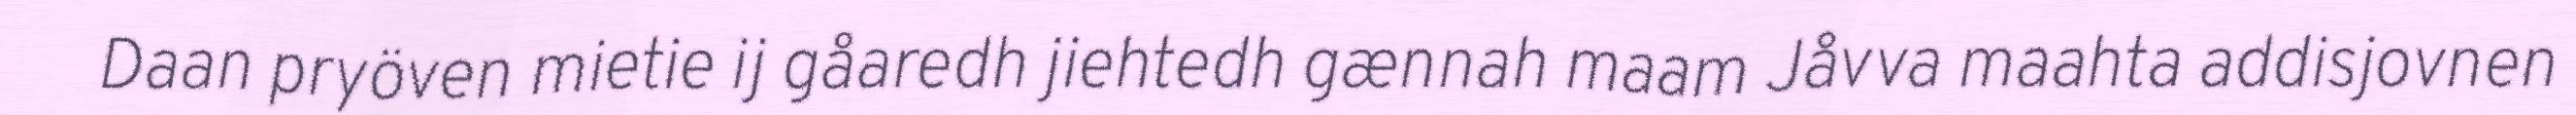
Daan pryöven mietie ij gåaredh jiehtedh gænnah maam Jåvva maahta addisjovnen